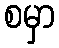
စမှာ